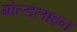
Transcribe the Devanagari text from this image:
गोल्डलाइन